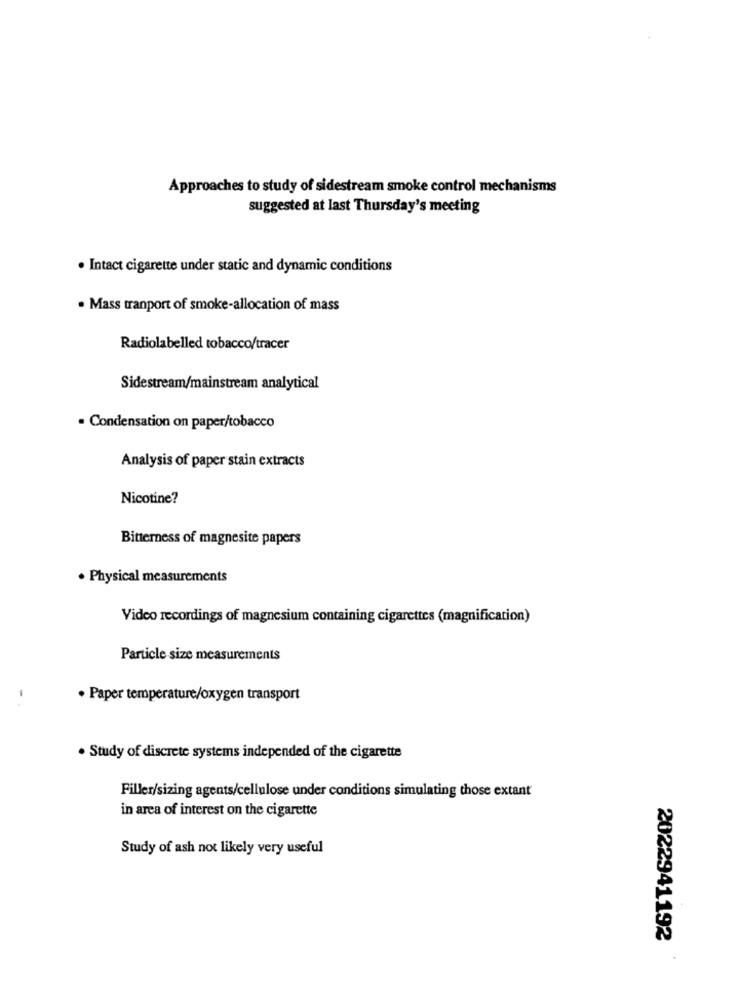
Approaches to study of sidestream smoke control mechanisms
suggested at last Thursday's meeting
· Intact cigarette under static and dynamic conditions
. Mass tranport of smoke-allocation of mass
Radiolabelled tobacco/tracer
Sidestream/mainstream analytical
· Condensation on paper/tobacco
Analysis of paper stain extracts
Nicotine?
Bitterness of magnesite papers
. Physical measurements
Video recordings of magnesium containing cigarettes (magnification)
Particle size measurements
· Paper temperature/oxygen transport
-.
. Study of discrete systems independed of the cigarette
Filler/sizing agents/cellulose under conditions simulating those extant
in area of interest on the cigarette
Study of ash not likely very useful
2022941192